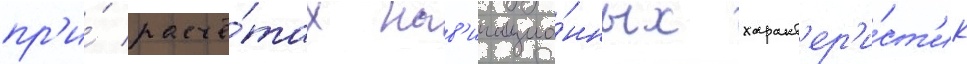
пр'и́ расчё́тах нав'игацио́нных характ'ер'и́ст'ик